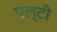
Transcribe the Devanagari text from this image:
पल्टी